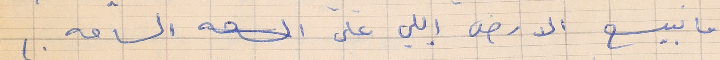
ما نبيع الارض إللي على الساحه